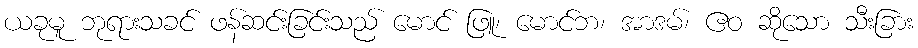
ယခုမူ ဘုရားသခင် ဖန်ဆင်းခြင်းသည် မောင် ဖြူ၊ မောင်ဘ၊ အာဒမ်၊ ဧဝ ဆိုသော သီးခြား